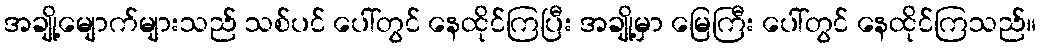
အချို့မျောက်များသည် သစ်ပင် ပေါ်တွင် နေထိုင်ကြပြီး အချို့မှာ မြေကြီး ပေါ်တွင် နေထိုင်ကြသည်။